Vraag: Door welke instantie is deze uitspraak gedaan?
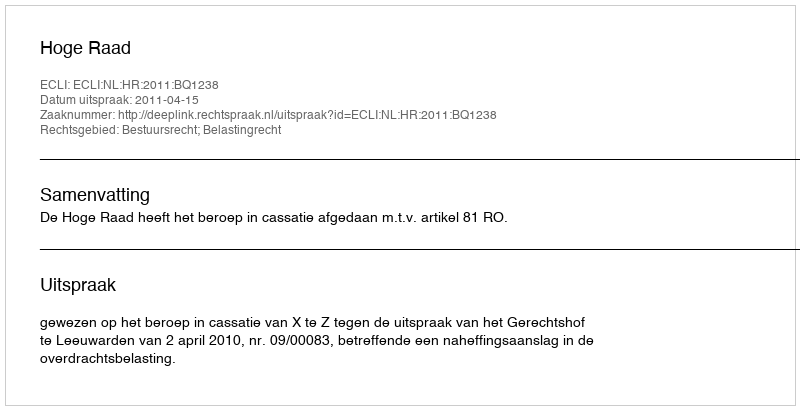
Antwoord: Hoge Raad